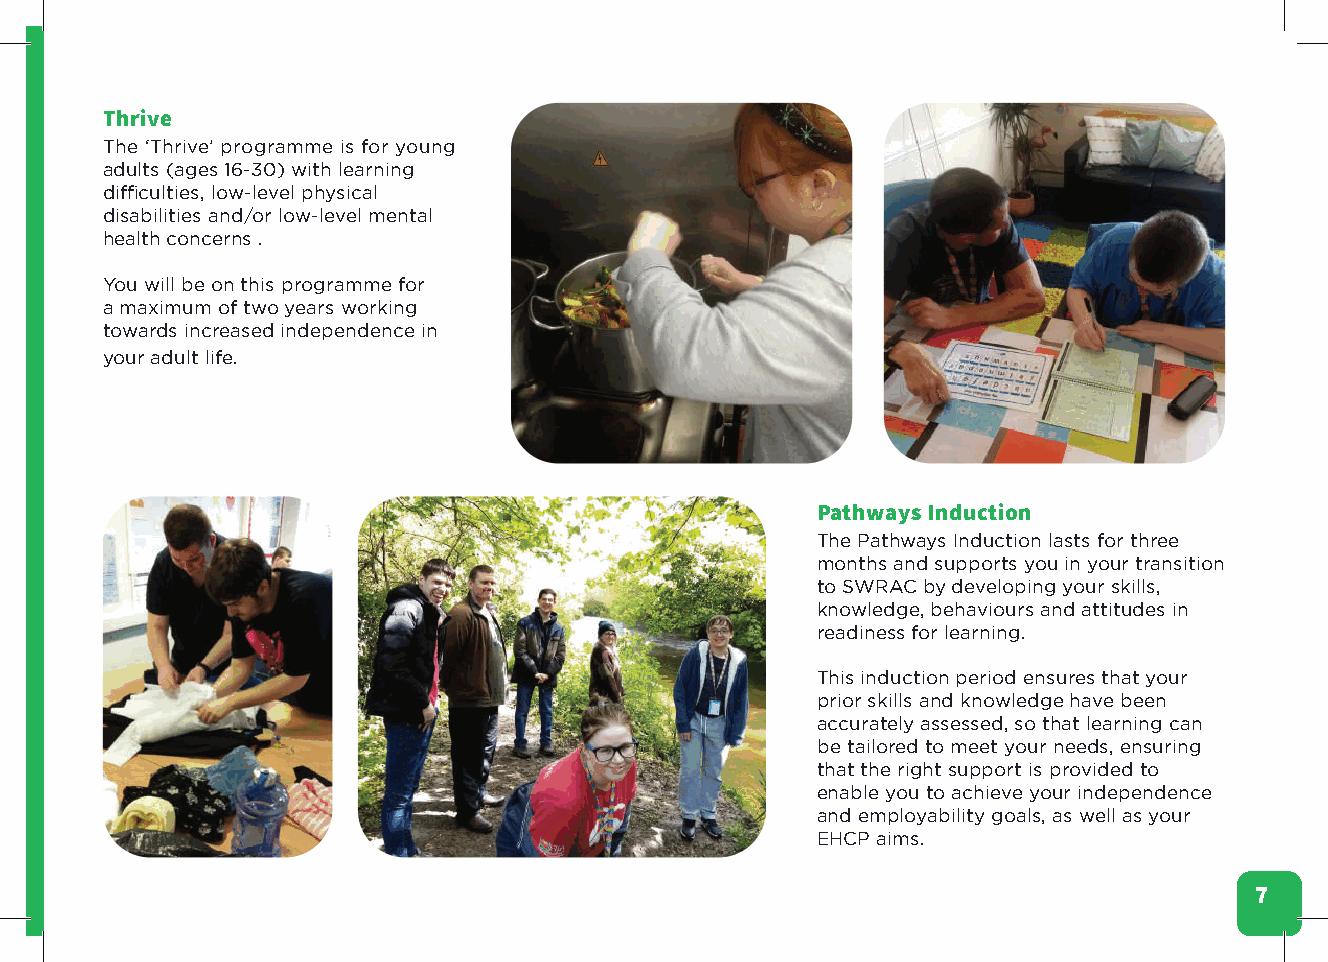
Thrive
 The ‘Thrive’ programme is for young
 adults (ages 16-30) with learning
 difficulties, low-level physical
 disabilities and/or low-level mental
 health concerns .
 You will be on this programme for
 a maximum of two years working
 towards increased independence in
 your adult life.
 Pathways Induction
 The Pathways Induction lasts for three
 months and supports you in your transition
 to SWRAC by developing your skills,
 knowledge, behaviours and attitudes in
 readiness for learning.
 This induction period ensures that your
 prior skills and knowledge have been
 accurately assessed, so that learning can
 be tailored to meet your needs, ensuring
 that the right support is provided to
 enable you to achieve your independence
 and employability goals, as well as your
 EHCP aims.
 7